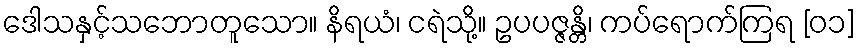
ဒေါသနှင့်သဘောတူသော။ နိရယံ၊ ငရဲသို့။ ဥပပဇ္ဇန္တိ၊ ကပ်ရောက်ကြရ [၀၁]